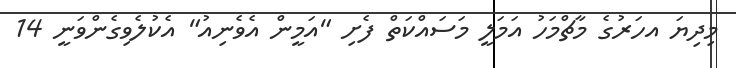
މިދިޔަ އހަރުގެ މާޗްމަހު އަމަލީ މަސައްކަތް ފެށި "އަމީން އެވެނިއު" އެކުލެވިގެންވަނީ 14